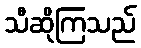
သီဆိုကြသည်